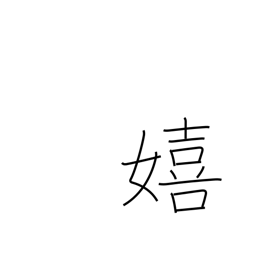
Meaning: glad